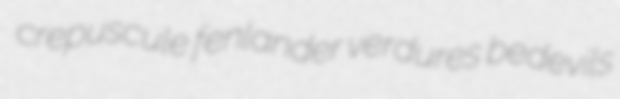
crepuscule fenlander verdures bedevils